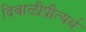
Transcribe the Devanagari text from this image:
दिवाळीप्रीत्यर्थ